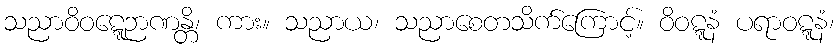
သညာဝိဝဋ္ဋေဉာဏန္တိ၊ ကား။ သညာယ၊ သညာစေတသိက်ကြောင့်။ ဝိဝဋ္ဋနံ ပရာဝဋ္ဋနံ၊